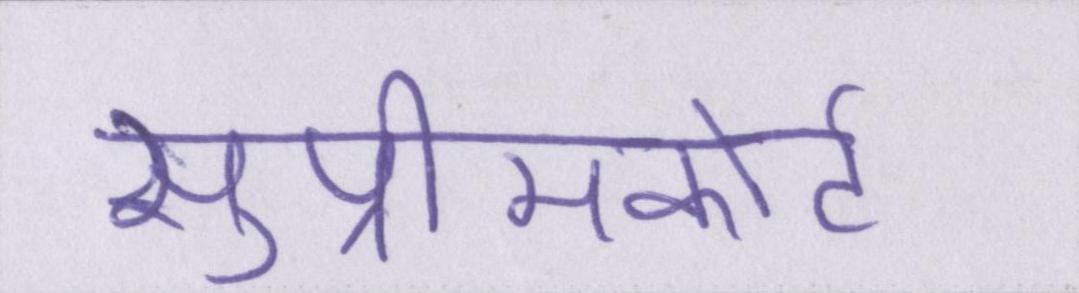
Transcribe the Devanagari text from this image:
सुप्रीमकोर्ट